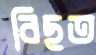
বিছত